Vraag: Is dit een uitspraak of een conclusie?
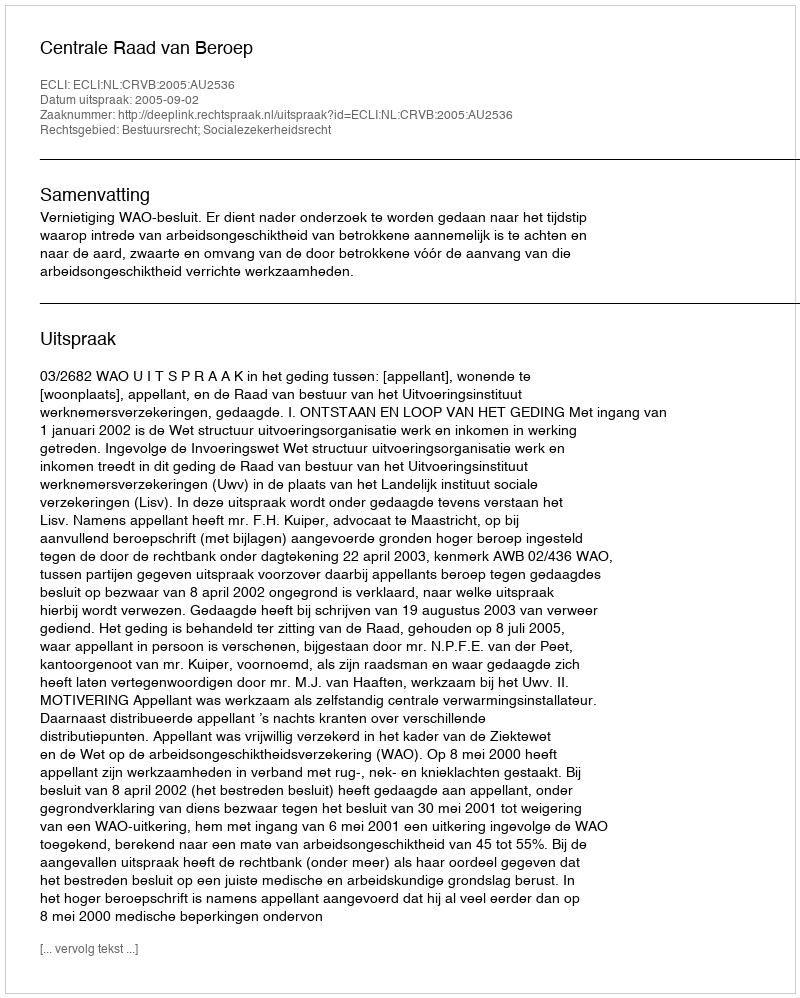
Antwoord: Uitspraak